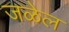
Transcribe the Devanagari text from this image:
जळेल